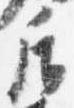
后